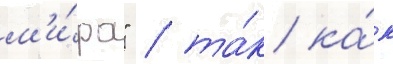
м'и́ра" / та́к ка́к